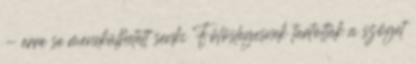
- erre se menekülhetett senki Fölöslegesnek tartották a szöget